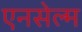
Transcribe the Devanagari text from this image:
एनसेल्म